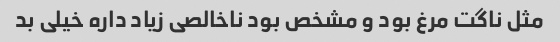
مثل ناگت مرغ بود و مشخص بود ناخالصی زیاد داره خیلی بد